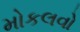
મોકલવો